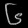
Digit: ၆